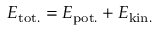
E _ { \mathrm { t o t . } } = E _ { \mathrm { p o t . } } + E _ { \mathrm { k i n . } }